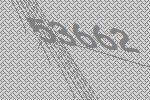
53662